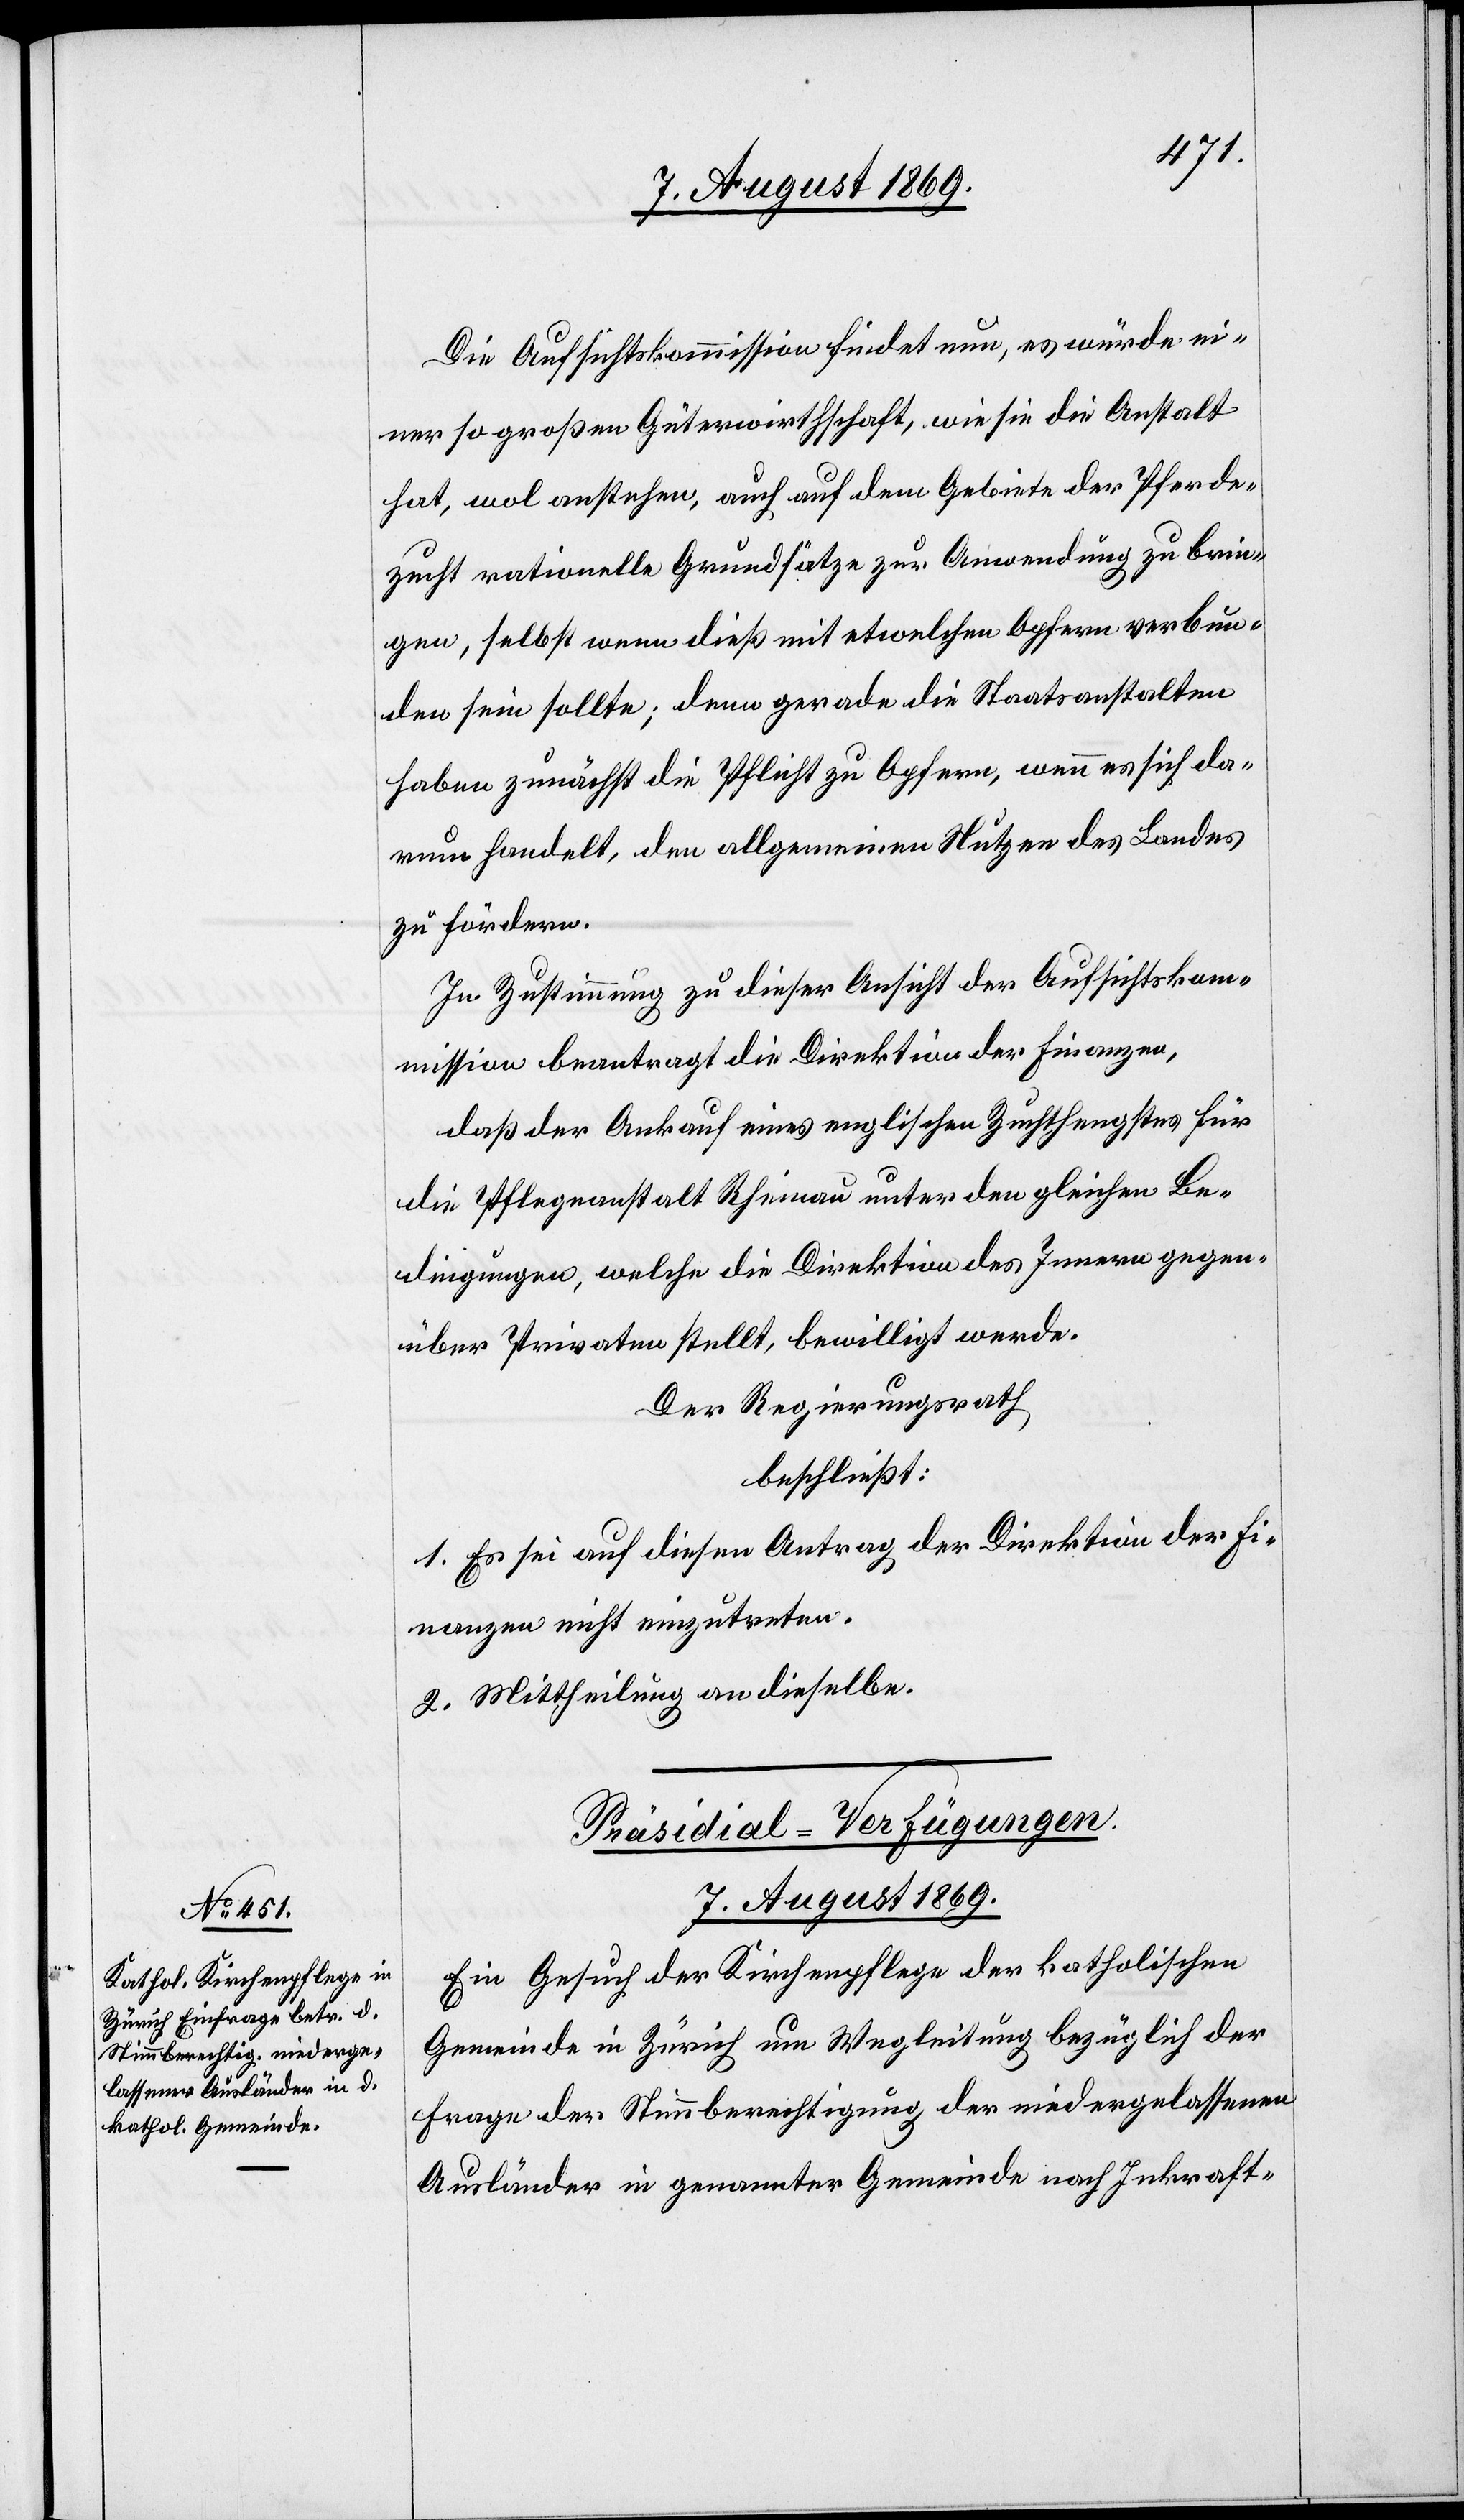
Die Aufsichtskommission findet nun, es würde ei¬
ner so großen Güterwirthschaft, wie sie die Anstalt
hat, wol anstehen, auch auf dem Gebiete der Pferde¬
zucht rationelle Grundsätze zur Anwendung zu brin¬
gen, selbst wenn dieß mit etwelchen Opfern verbun¬
den sein sollte; denn gerade die Staatsanstalten
haben zunächst die Pflicht zu Opfern, wenn es sich da¬
rum handelt, den allgemeinen Nutzen des Landes
zu fördern.
In Zustimmung zu dieser Ansicht der Aufsichtskom¬
mission beauftragt die Direktion der Finanzen,
daß der Ankauf eines englischen Zuchthengstes für
die Pflegeanstalt Rheinau unter den gleichen Be¬
dingungen, welche die Direktion des Innern gegen¬
über Privaten stellt, bewilligt werde.
Der Regierungsrath
beschließt:
1. Es sei auf diesen Antrag der Direktion der Fi¬
nanzen nicht einzutreten.
2. Mittheilung an dieselbe.
Präsidial-Verfügungen.
7. August 1869.
Ein Gesuch der Kirchenpflege der katholischen
Gemeinde in Zürich um Wegleitung bezüglich der
Frage der Stimmberechtigung der niedergelassenen
Ausländer in genannter Gemeinde nach Inkraft-